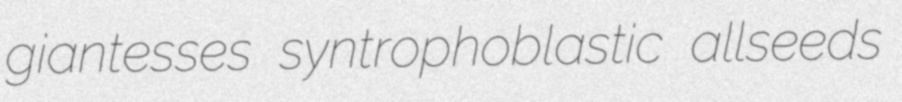
giantesses syntrophoblastic allseeds